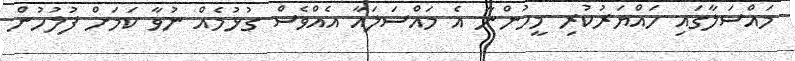
މައްސަލާގައި ހައްޔަރުކުރި މީހުންނާ އެ މައްސަލައާ އެއްވެސް ގުޅުމެއް ނުވާ ކަމަށް ފުލުހުން